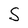
Character: S